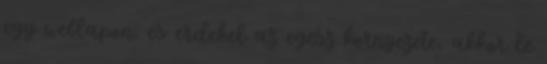
egy weblapon, es erdekel az egesz kornyezete, akkor le